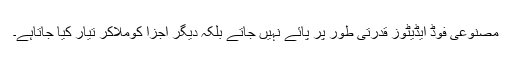
مصنوعی فوڈ ایڈیٹوز قدرتی طور پر پائے نہیں جاتے بلکہ دیگر اجزا کوملاکر تیار کیا جاتاہے۔